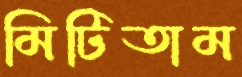
মিটিতাম